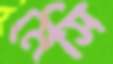
মেসি